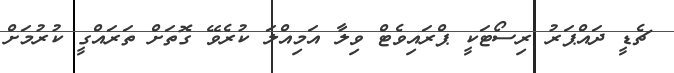
ޗެޑީ ދައްޕަރު ރިސޯޓަކީ ޕްރައިވެޓް ވިލާ އަމިއްލަ ކުރެވޭ ގޮތަށް ތަރައްގީ ކުރުމަށް